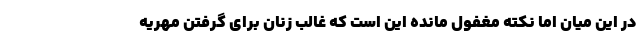
در این میان اما نکته مغفول مانده این است که غالب زنان برای گرفتن مهریه